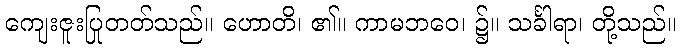
ကျေးဇူးပြုတတ်သည်။ ဟောတိ၊ ၏။ ကာမဘဝေ၊ ၌။ သင်္ခါရာ၊ တို့သည်။